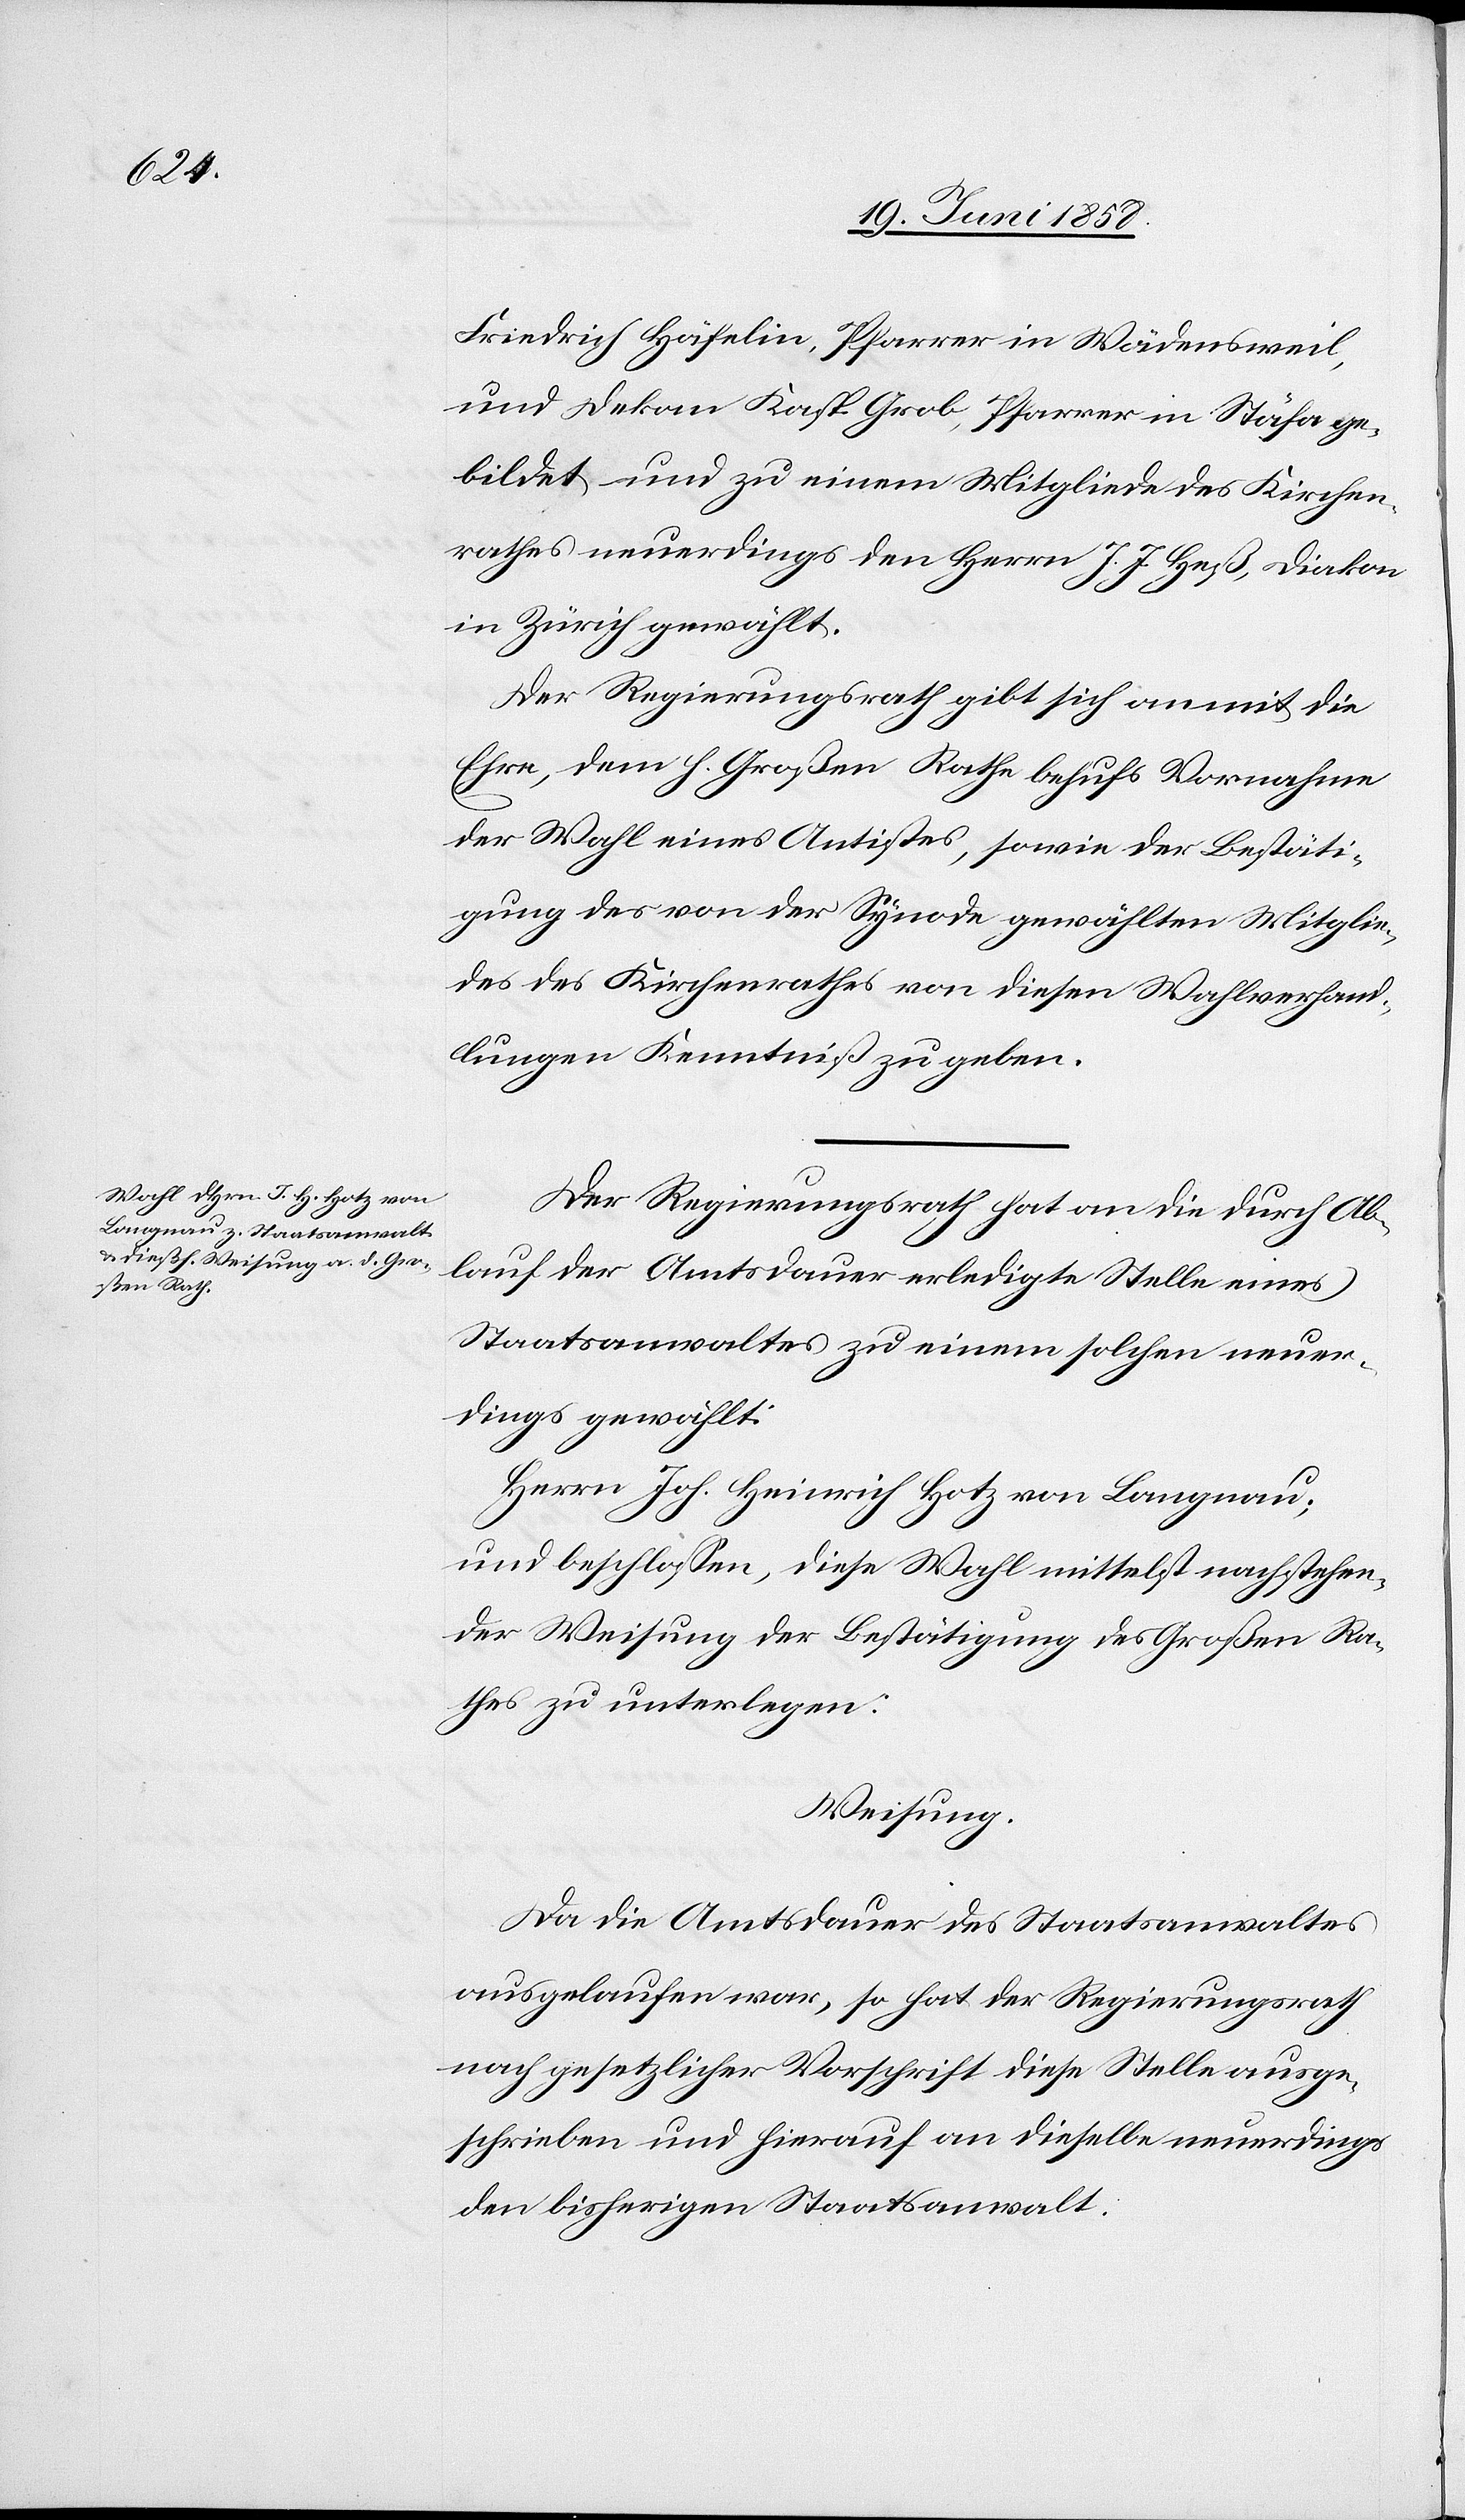
Friedrich Häfelin, Pfarrer in Wädensweil,
und Dekan Kasp. Grob, Pfarrer in Stäfa ge¬
bildet und zu einem Mitgliede des Kirchen¬
rathes neuerdings den Herrn J. J. Heß, Diakon
in Zürich gewählt.
Der Regierungsrath gibt sich anmit die
Ehre, dem h. Großen Rathe behufs Vornahme
der Wahl eines Antistes, sowie der Bestäti¬
gung des von der Synode gewählten Mitglie¬
des des Kirchenrathes von diesen Wahlverhand¬
lungen Kenntniß zu geben.
Der Regierungsrath hat an die durch Ab¬
lauf der Amtsdauer erledigte Stelle eines
Staatsanwaltes zu einem solchen neuer¬
dings gewählt:
Herrn Joh. Heinrich Hotz von Langnau;
und beschlossen, diese Wahl mittelst nachstehen¬
der Weisung der Bestätigung des Großen Ra¬
thes zu unterlegen:
Weisung.
Da die Amtsdauer des Staatsanwaltes
ausgelaufen war, so hat der Regierungsrath
nach gesetzlicher Vorschrift diese Stelle ausge¬
schrieben und hierauf an dieselbe neuerdings
den bisherigen Staatsanwalt: